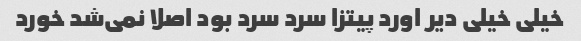
خیلی خیلی دیر اورد پیتزا سرد سرد بود اصلا نمی‌شد خورد